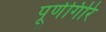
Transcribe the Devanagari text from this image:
पूर्णगिरि